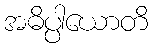
အဓိပ္ပါယောတိ